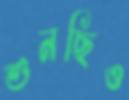
শুনছিও